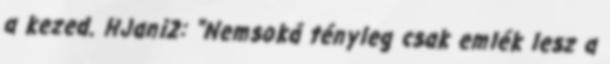
a kezed. HJani2: "Nemsoká tényleg csak emlék lesz a